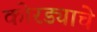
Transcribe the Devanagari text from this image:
कोरड्याचे